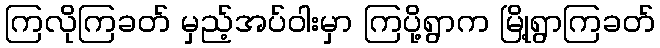
ကြလိုကြခတ် မှည့်အပ်ဝါးမှာ ကြပို့ရွာက မြို့ရွာကြခတ်